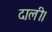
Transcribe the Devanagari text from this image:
दाली।